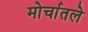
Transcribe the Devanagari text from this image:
मोर्चातले